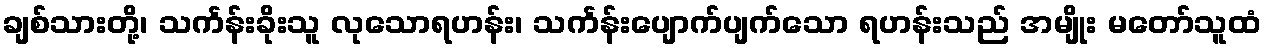
ချစ်သားတို့၊ သင်္ကန်းခိုးသူ လုသောရဟန်း၊ သင်္ကန်းပျောက်ပျက်သော ရဟန်းသည် အမျိုး မတော်သူထံ